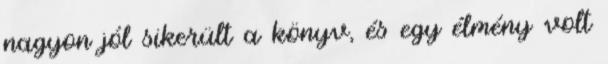
nagyon jól sikerült a könyv, és egy élmény volt